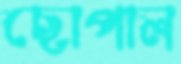
ছোপাল